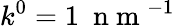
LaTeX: k^{0}=1~\mathrm{~n~m~}^{-1}